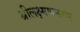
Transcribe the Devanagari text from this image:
श्रीलक्ष्मणनगर